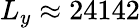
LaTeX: L_{y}\approx 24142